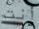
أنت